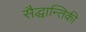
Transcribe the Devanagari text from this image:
सैद्धान्तिकी